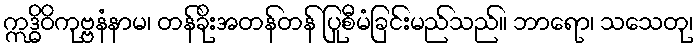
ဣဒ္ဓိဝိကုဗ္ဗနံနာမ၊ တန်ခိုးအတန်တန် ပြုစီမံခြင်းမည်သည်။ ဘာရော၊ သသေတု၊